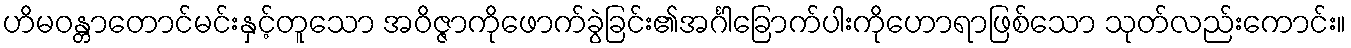
ဟိမဝန္တာတောင်မင်းနှင့်တူသော အဝိဇ္ဇာကိုဖောက်ခွဲခြင်း၏အင်္ဂါခြောက်ပါးကိုဟောရာဖြစ်သော သုတ်လည်းကောင်း။